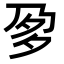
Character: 㚉